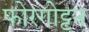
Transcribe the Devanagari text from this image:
फोरगोट्टन